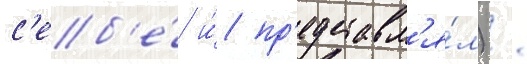
с'еб'е́ и́ пр'едставл'я́л) /